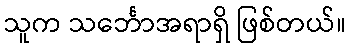
သူက သင်္ဘောအရာရှိ ဖြစ်တယ်။